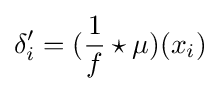
\delta _{i}^{\prime }=({\frac {1}{f}}\star \mu )(x_{i})